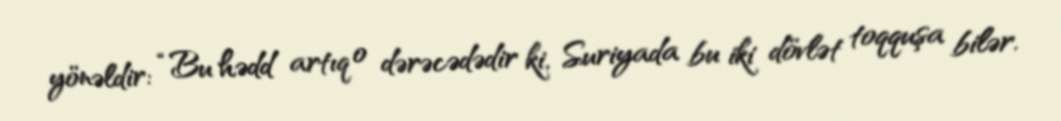
yönəldir: “Bu hədd artıq o dərəcədədir ki, Suriyada bu iki dövlət toqquşa bilər.